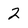
Character: 2